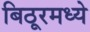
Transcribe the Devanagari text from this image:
बिठूरमध्ये